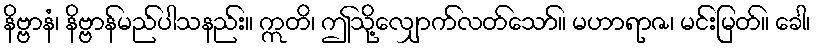
နိဗ္ဗာနံ၊ နိဗ္ဗာန်မည်ပါသနည်း။ ဣတိ၊ ဤသို့လျှောက်လတ်သော်။ မဟာရာဇ၊ မင်းမြတ်။ ခေါ၊